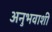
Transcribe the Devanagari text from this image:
अनुभवाशी